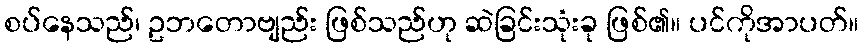
စပ်နေသည်၊ ဥဘတောဗျည်း ဖြစ်သည်ဟု ဆဲခြင်းသုံးခု ဖြစ်၏။ ပင်ကိုအာပတ်။